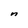
Character: n